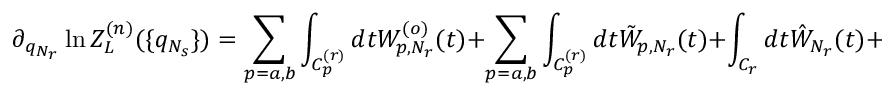
\partial _ { q _ { N _ { r } } } \ln Z _ { L } ^ { ( n ) } ( \{ q _ { N _ { s } } \} ) = \sum _ { p = a , b } \int _ { C _ { p } ^ { ( r ) } } d t W _ { p , N _ { r } } ^ { ( o ) } ( t ) + \sum _ { p = a , b } \int _ { C _ { p } ^ { ( r ) } } d t \tilde { W } _ { p , N _ { r } } ( t ) + \int _ { C _ { r } } d t \hat { W } _ { N _ { r } } ( t ) + I _ { ( a n ) }